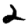
Digit: 2